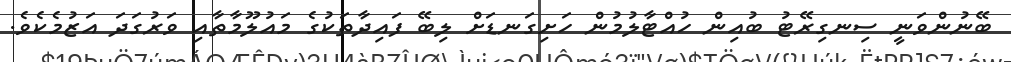
ބޭނުންވަނީ ސިނގިރޭޓު ބުއިން ހުއްޓާލުމުން ހަށިގަނޑަށް ލިބޭ ފައިދާތަކުގެ މައުލޫމާތާއި ވަރުގަދަ އަޒުމެކެވެ.